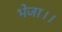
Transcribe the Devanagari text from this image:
भेजा।।